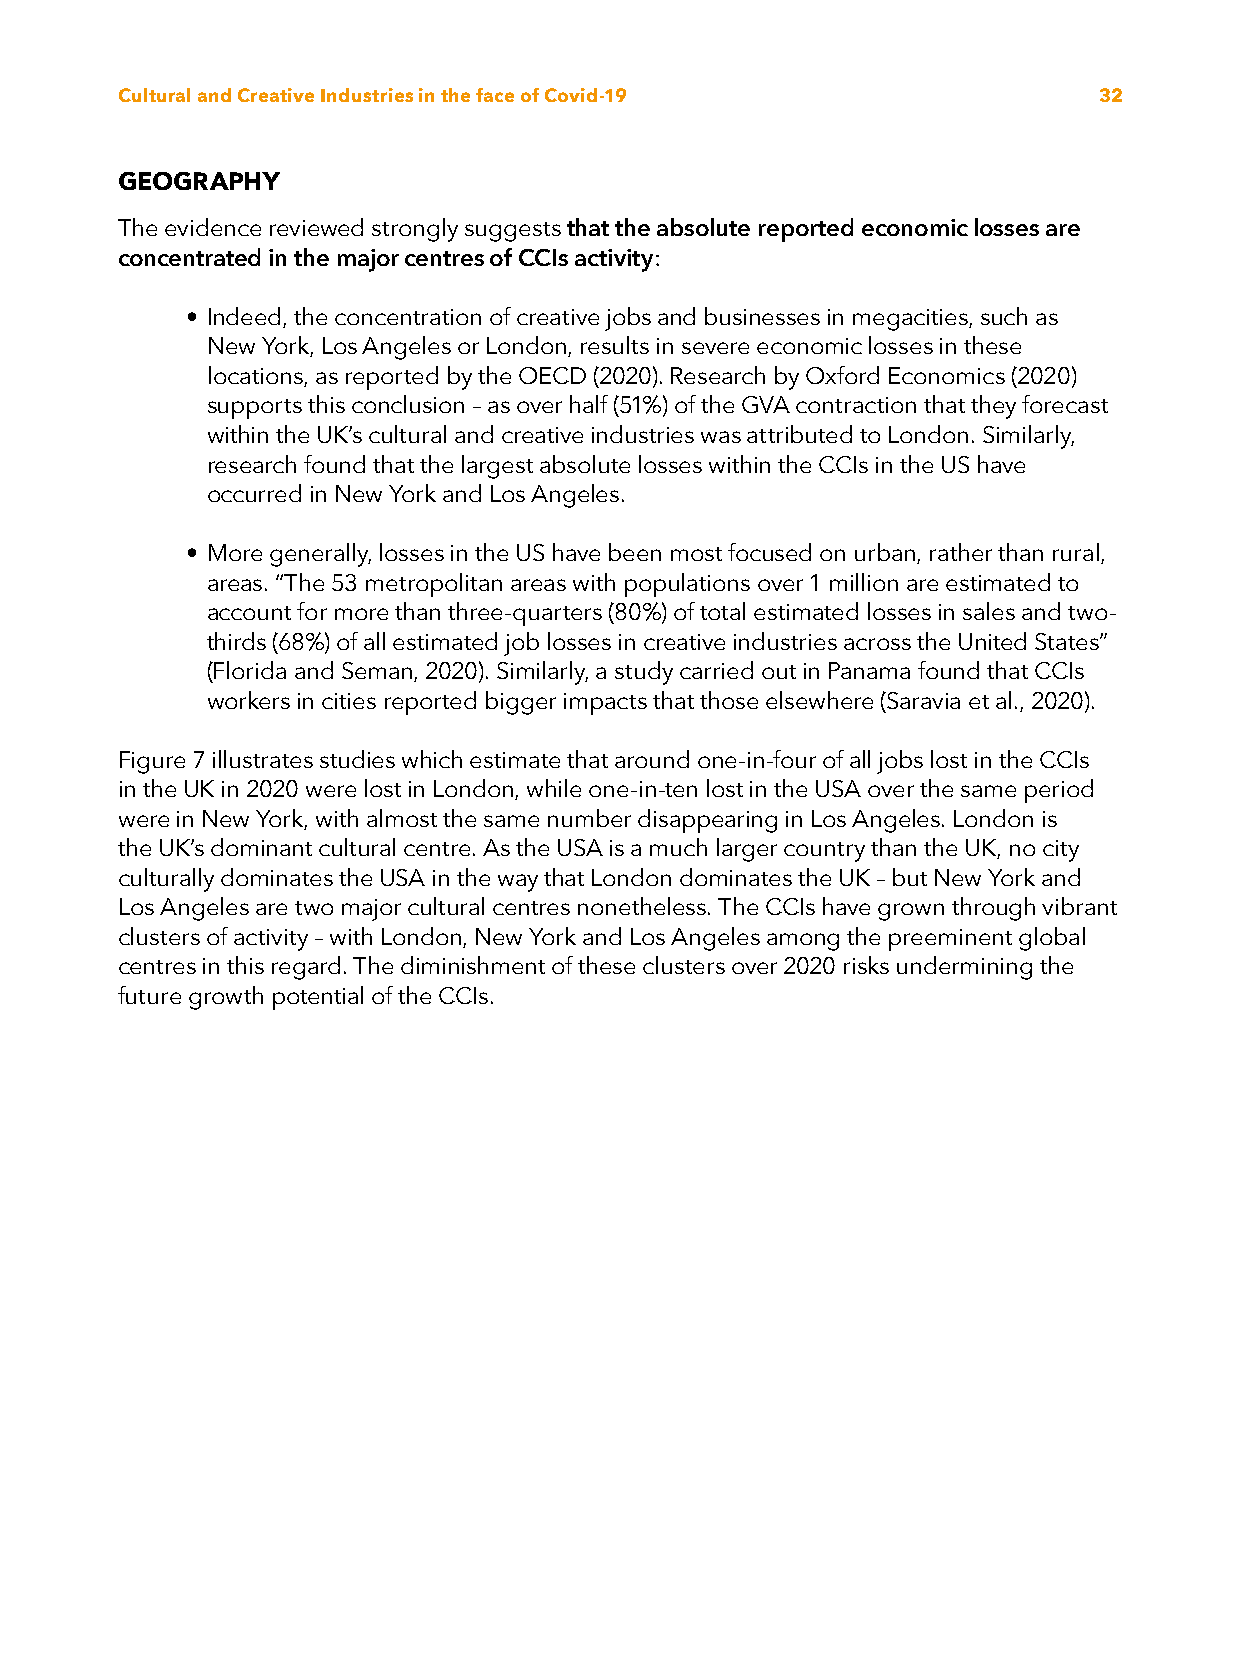
Cultural and Creative Industries in the face of Covid-19         32
 GEOGRAPHY
 The evidence reviewed strongly suggests that the absolute reported economic losses are
 concentrated in the major centres of CCIs activity:
 • Indeed, the concentration of creative jobs and businesses in megacities, such as
 New York, Los Angeles or London, results in severe economic losses in these
 locations, as reported by the OECD (2020). Research by Oxford Economics (2020)
 supports this conclusion – as over half (51%) of the GVA contraction that they forecast
 within the UK’s cultural and creative industries was attributed to London. Similarly,
 research found that the largest absolute losses within the CCIs in the US have
 occurred in New York and Los Angeles.
 • More generally, losses in the US have been most focused on urban, rather than rural,
 areas. “The 53 metropolitan areas with populations over 1 million are estimated to
 account for more than three-quarters (80%) of total estimated losses in sales and two-
 thirds (68%) of all estimated job losses in creative industries across the United States”
 (Florida and Seman, 2020). Similarly, a study carried out in Panama found that CCIs
 workers in cities reported bigger impacts that those elsewhere (Saravia et al., 2020).
 Figure 7 illustrates studies which estimate that around one-in-four of all jobs lost in the CCIs
 in the UK in 2020 were lost in London, while one-in-ten lost in the USA over the same period
 were in New York, with almost the same number disappearing in Los Angeles. London is
 the UK’s dominant cultural centre. As the USA is a much larger country than the UK, no city
 culturally dominates the USA in the way that London dominates the UK – but New York and
 Los Angeles are two major cultural centres nonetheless. The CCIs have grown through vibrant
 clusters of activity – with London, New York and Los Angeles among the preeminent global
 centres in this regard. The diminishment of these clusters over 2020 risks undermining the
 future growth potential of the CCIs.